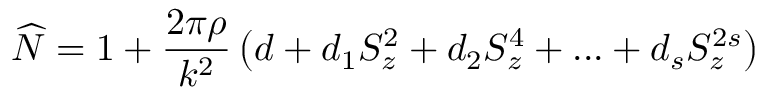
\widehat { N } = 1 + \frac { 2 \pi \rho } { k ^ { 2 } } \left( d + d _ { 1 } S _ { z } ^ { 2 } + d _ { 2 } S _ { z } ^ { 4 } + . . . + d _ { s } S _ { z } ^ { 2 s } \right)